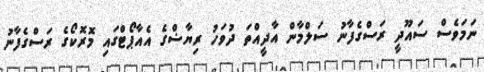
ނަމަވެސް ސައޫދީ ރަސްގެފާނު ސަލްމާން އާދީއްތަ ދުވަހު ރިޔާޟްގެ އެއާޕޯޓްގައި މޮރޮކޯގެ ރަސްގެފާނު